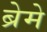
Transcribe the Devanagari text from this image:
ब्रेमे